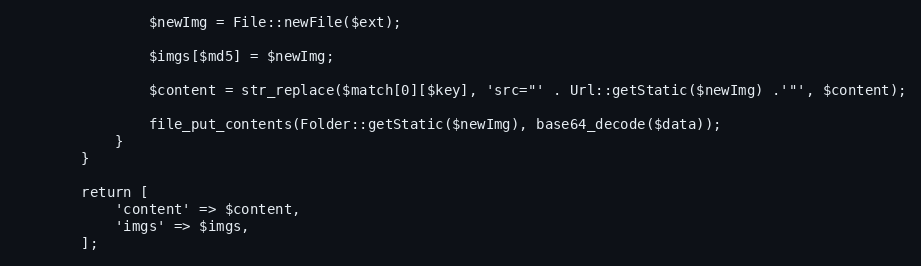
Language: PHP
                $newImg = File::newFile($ext);

                $imgs[$md5] = $newImg;

                $content = str_replace($match[0][$key], 'src="' . Url::getStatic($newImg) .'"', $content);

                file_put_contents(Folder::getStatic($newImg), base64_decode($data));
            }
        }

        return [
            'content' => $content,
            'imgs' => $imgs,
        ];